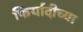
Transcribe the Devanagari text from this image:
फिर्यादीच्या